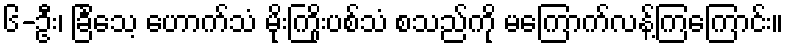
၆-ဦး၊ ခြင်္သေ့ ဟောက်သံ မိုးကြိုးပစ်သံ စသည်ကို မကြောက်လန့်ကြကြောင်း။